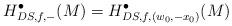
LaTeX: \begin{align*}H_{DS,f,-}^\bullet(M)=H_{DS,f,(w_0,-x_0)}^{\bullet}(M)\end{align*}